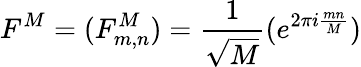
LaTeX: F^{M}=(F_{m,n}^{M})=\frac{1}{\sqrt{M}}(e^{2\pi i\frac{mn}{M}})